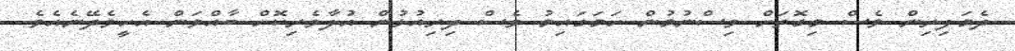
ދެމަފިރިން ވެސް މިގޮތަށް ވިސްނުމުން ހަމަގައިމު ވެސް ދިރިއުޅުން އުފާވެރިކޮށް ބާއްވަން އެހީވެދޭނެއެވެ.